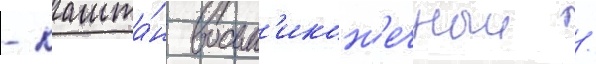
- кашта́н восьм'икон'ечныи /